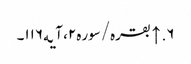
۶. ↑ بقره/سوره۲، آیه۱۱۶۔